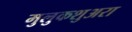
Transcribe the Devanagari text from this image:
मुलुकशुअरा